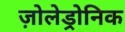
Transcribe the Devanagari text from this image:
ज़ोलेड्रोनिक